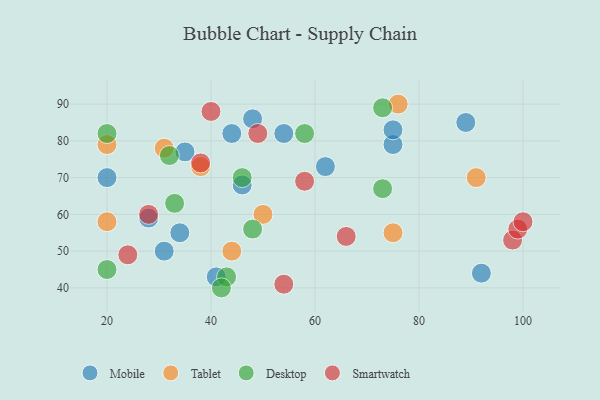
{"axis": {"x": "GDP", "y": "Life Expectancy"}, "legend": ["Desktop", "Mobile", "Smartwatch", "Tablet"], "data": [{"x": "31", "y": 50, "type": "Mobile"}, {"x": "62", "y": 73, "type": "Mobile"}, {"x": "20", "y": 70, "type": "Mobile"}, {"x": "92", "y": 44, "type": "Mobile"}, {"x": "34", "y": 55, "type": "Mobile"}, {"x": "28", "y": 59, "type": "Mobile"}, {"x": "44", "y": 82, "type": "Mobile"}, {"x": "35", "y": 77, "type": "Mobile"}, {"x": "89", "y": 85, "type": "Mobile"}, {"x": "75", "y": 79, "type": "Mobile"}, {"x": "54", "y": 82, "type": "Mobile"}, {"x": "75", "y": 83, "type": "Mobile"}, {"x": "46", "y": 68, "type": "Mobile"}, {"x": "41", "y": 43, "type": "Mobile"}, {"x": "48", "y": 86, "type": "Mobile"}, {"x": "91", "y": 70, "type": "Tablet"}, {"x": "44", "y": 50, "type": "Tablet"}, {"x": "76", "y": 90, "type": "Tablet"}, {"x": "31", "y": 78, "type": "Tablet"}, {"x": "20", "y": 79, "type": "Tablet"}, {"x": "75", "y": 55, "type": "Tablet"}, {"x": "38", "y": 73, "type": "Tablet"}, {"x": "20", "y": 58, "type": "Tablet"}, {"x": "50", "y": 60, "type": "Tablet"}, {"x": "43", "y": 43, "type": "Desktop"}, {"x": "20", "y": 82, "type": "Desktop"}, {"x": "73", "y": 89, "type": "Desktop"}, {"x": "46", "y": 70, "type": "Desktop"}, {"x": "32", "y": 76, "type": "Desktop"}, {"x": "42", "y": 40, "type": "Desktop"}, {"x": "73", "y": 67, "type": "Desktop"}, {"x": "48", "y": 56, "type": "Desktop"}, {"x": "20", "y": 45, "type": "Desktop"}, {"x": "58", "y": 82, "type": "Desktop"}, {"x": "33", "y": 63, "type": "Desktop"}, {"x": "98", "y": 53, "type": "Smartwatch"}, {"x": "40", "y": 88, "type": "Smartwatch"}, {"x": "99", "y": 56, "type": "Smartwatch"}, {"x": "58", "y": 69, "type": "Smartwatch"}, {"x": "49", "y": 82, "type": "Smartwatch"}, {"x": "28", "y": 60, "type": "Smartwatch"}, {"x": "66", "y": 54, "type": "Smartwatch"}, {"x": "54", "y": 41, "type": "Smartwatch"}, {"x": "38", "y": 74, "type": "Smartwatch"}, {"x": "100", "y": 58, "type": "Smartwatch"}, {"x": "24", "y": 49, "type": "Smartwatch"}]}